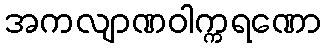
အကလျာဏဝါက္ကရဏော